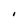
Character: I